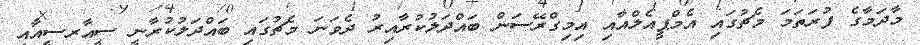
މާދަމާގެ ފުރަތަމަ މެޗުގައި އެމްޕީއެލްއާއި އިމިގްރޭސަން ބައްދަލުކުރާއިރު ދެވަނަ މެޗުގައި ބައްދަލުކުރާނީ ސީއާރސީއާއި